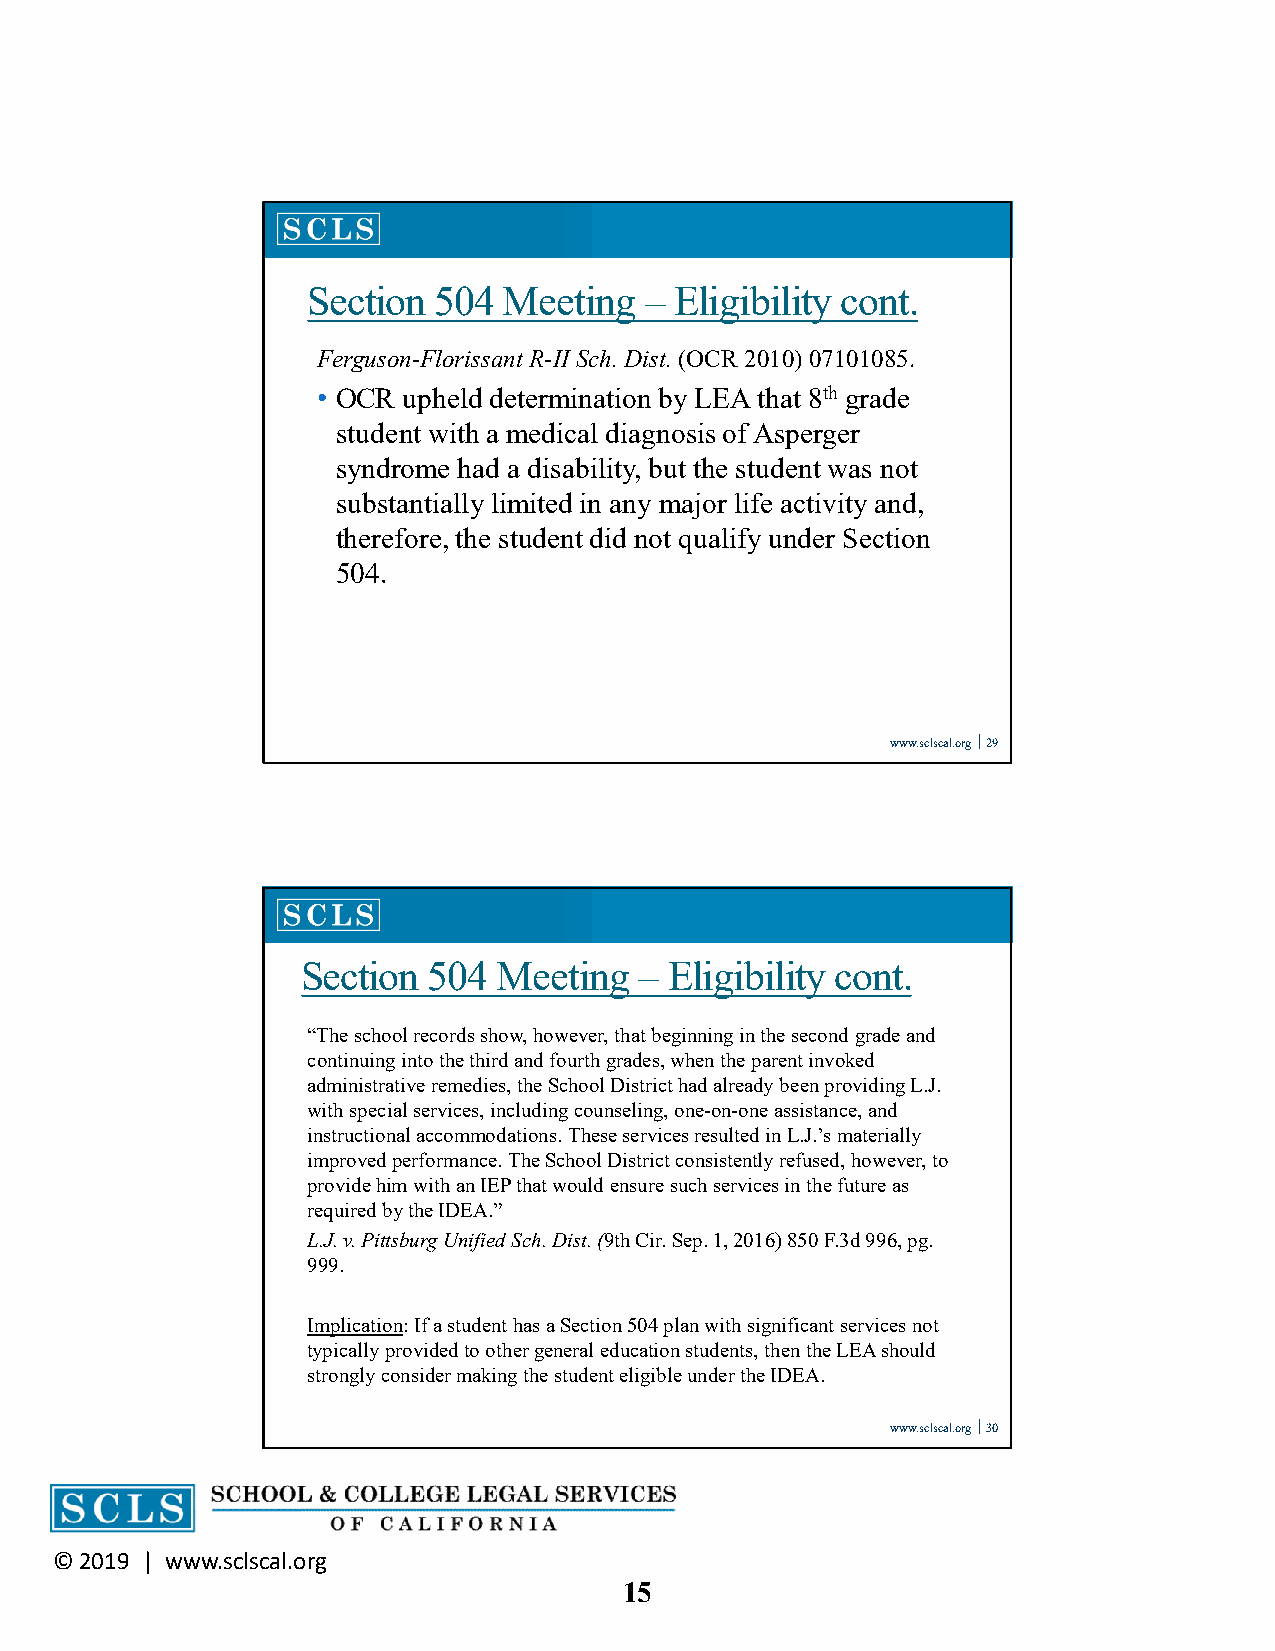
Section  504 Meeting   – Eligibility cont.
 Ferguson-Florissant R-II Sch. Dist. (OCR 2010)07101085.
 • OCR upheld determination by LEA that 8th grade
 student with a medical diagnosis of Asperger
 syndrome had a disability, but the student was not
 substantially limited in any major life activity and,
 therefore, the student did not qualify under Section
 504.
 www.sclscal.org 29
 Section 504  Meeting  – Eligibility cont.
 “The school records show, however, that beginning in the second grade and
 continuing into the third and fourth grades, when the parent invoked
 administrative remedies, the School District had already been providing L.J.
 with special services, including counseling, one-on-one assistance, and
 instructional accommodations. These services resulted in L.J.’s materially
 improved performance. The School District consistently refused, however, to
 provide him with an IEP that would ensure such services in the future as
 required by the IDEA.”
 L.J. v. Pittsburg Unified Sch. Dist. (9th Cir. Sep. 1, 2016) 850 F.3d 996, pg.
 999.
 Implication: If a student has a Section 504 plan with significant services not
 typically provided to other general education students, then the LEA should
 strongly consider making the student eligible under the IDEA.
 www.sclscal.org 30
 © 2019 | www.sclscal.org
 15